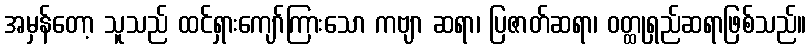
အမှန်တော့ သူသည် ထင်ရှားကျော်ကြားသော ကဗျာ ဆရာ၊ ပြဇာတ်ဆရာ၊ ဝတ္ထုရှည်ဆရာဖြစ်သည်။